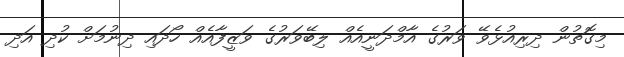
މިގޮތުން ދިރިއުޅެވޭ ވަރުގެ އާމްދަނީއެއް ލިބޭވަރުގެ ވަޒީފާއެއް ހޯދައި ދިނުމަށް ކުދި އަދި